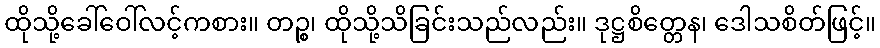
ထိုသို့ခေါ်ဝေါ်လင့်ကစား။ တဉ္စ၊ ထိုသို့သိခြင်းသည်လည်း။ ဒုဋ္ဌစိတ္တေန၊ ဒေါသစိတ်ဖြင့်။